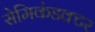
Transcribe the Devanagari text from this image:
सेमिकंडक्‍टर